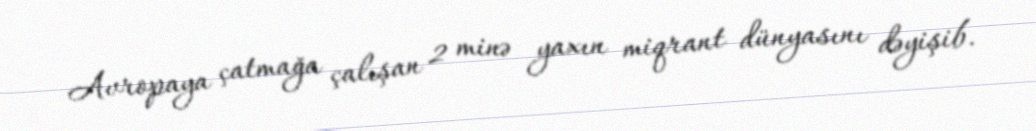
Avropaya çatmağa çalışan 2 minə yaxın miqrant dünyasını dəyişib.